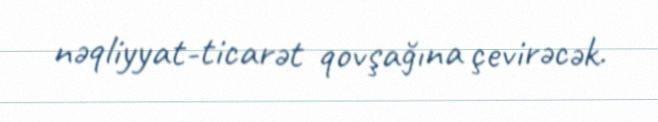
nəqliyyat-ticarət qovşağına çevirəcək.